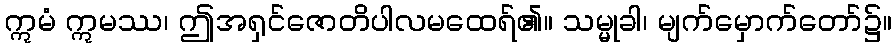
ဣမံ ဣမဿ၊ ဤအရှင်ဇောတိပါလမထေရ်၏။ သမ္မုခါ၊ မျက်မှောက်တော်၌။